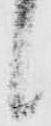
候